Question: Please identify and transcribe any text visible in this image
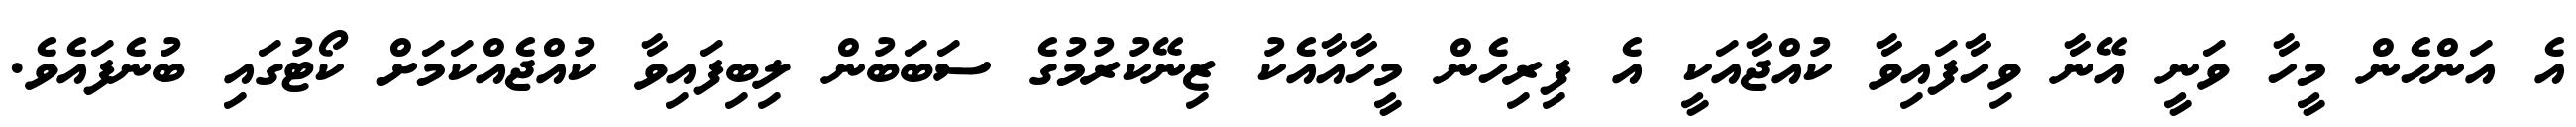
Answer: އެ އަންހެން މީހާ ވަނީ އޭނާ ވިހާފައިވާ ކުއްޖާއަކީ އެ ފިރިހެން މީހާއާއެކު ޒިނޭކުރުމުގެ ސަބަބުން ލިބިފައިވާ ކުއްޖެއްކަމަށް ކޯޓުގައި ބުނެފައެވެ.